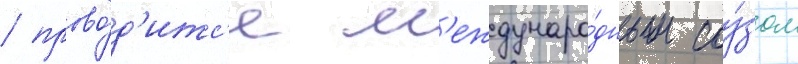
/ прово́д'итс'я м'еждунаро́дным соу́зом